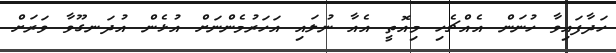
ހަދާފައިވާ ހުނަން އެއްޗެހި މިއޮތީ އެއާ ނުލައި އަހަރުމެންނަށް އުޅެން އުދަނގޫވާ ވަރަށް